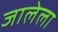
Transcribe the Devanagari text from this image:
जालेला